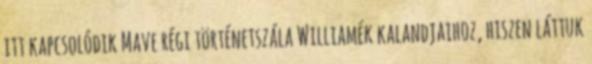
itt kapcsolódik Mave régi történetszála Williamék kalandjaihoz, hiszen láttuk